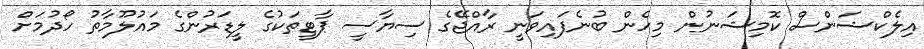
އިލެކްޝަންސް ކޮމިޝަނުން މިހެން ބުނެފައިވަނީ ރާއްޖޭގެ ސިޔާސީ ޕާޓީތަކުގެ ލީޑަރުންގެ މައުލޫމާތު ހޯދުމަށް